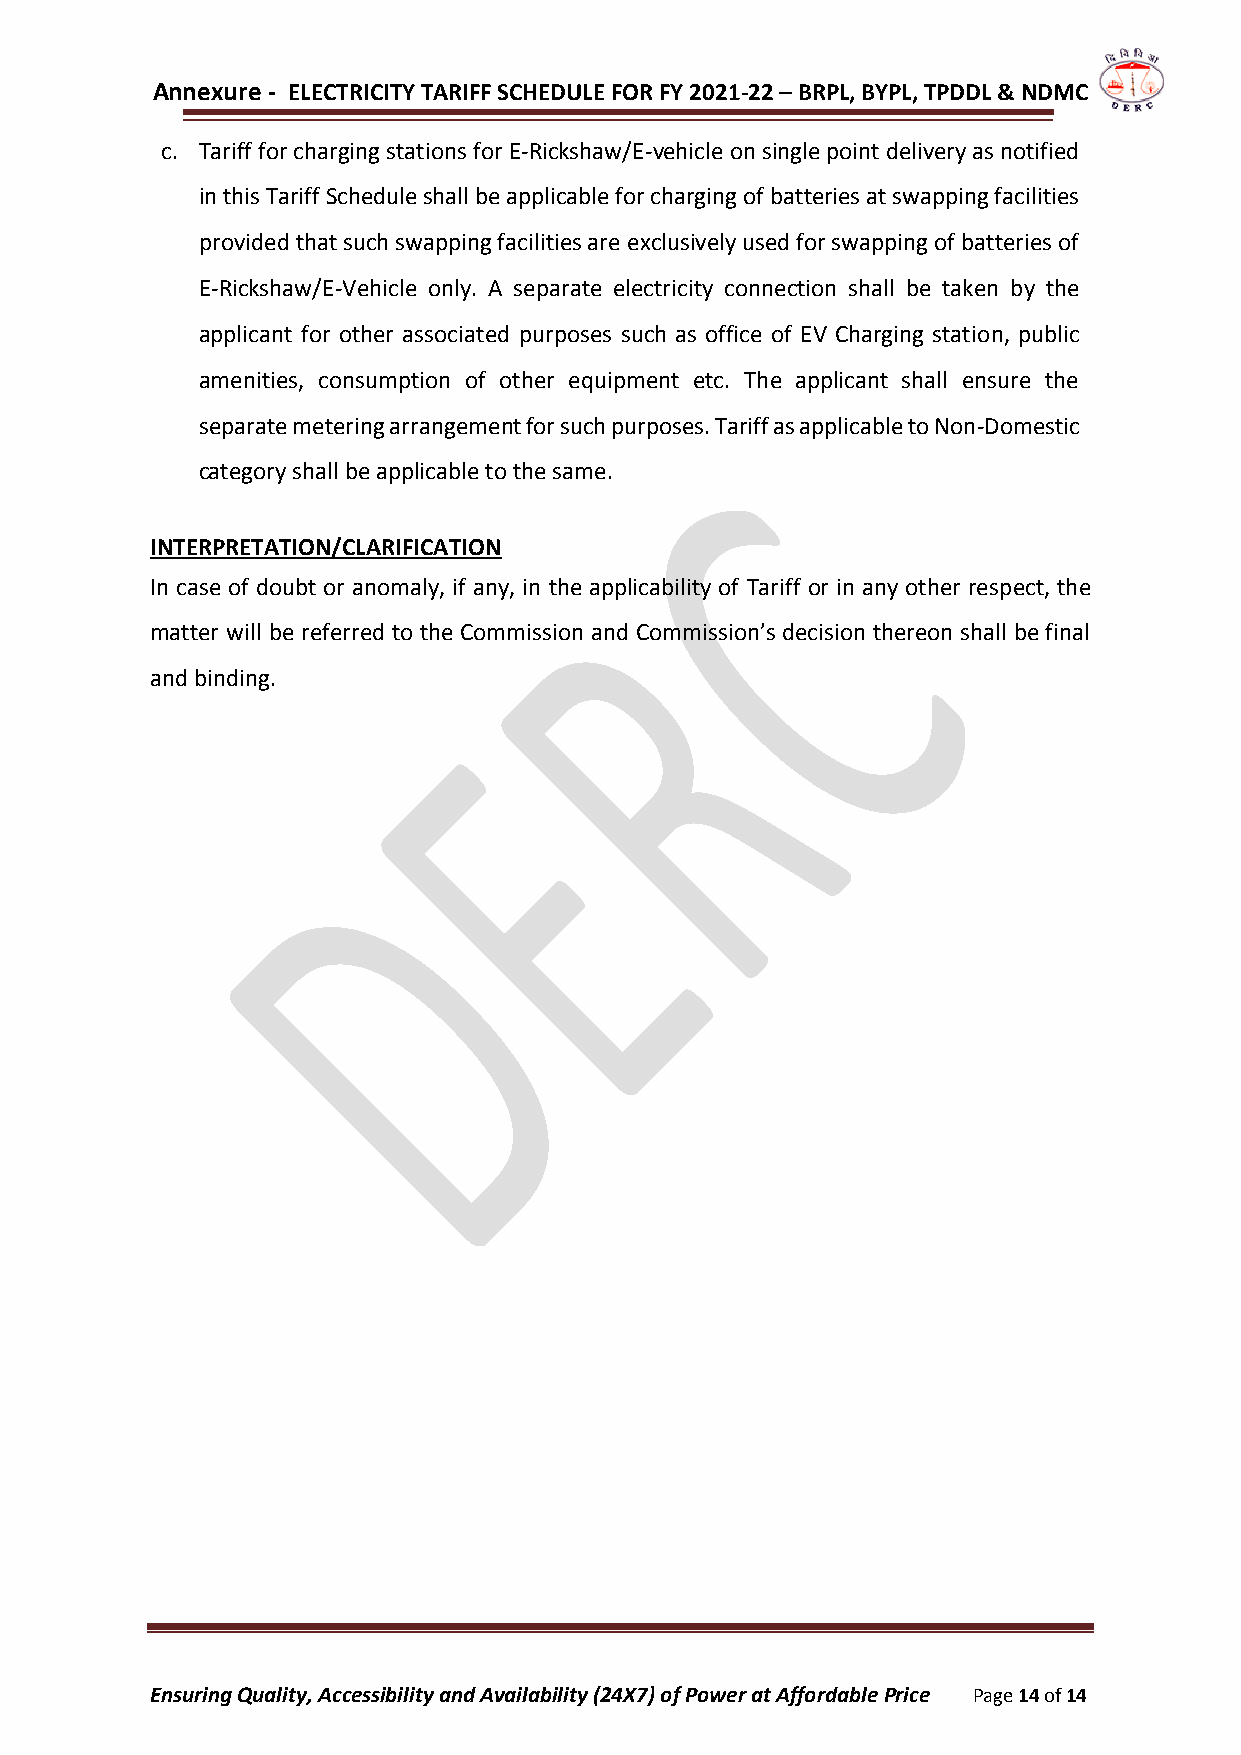
Annexure - ELECTRICITY TARIFF SCHEDULE FOR FY 2021-22 – BRPL, BYPL, TPDDL & NDMC
 c. Tariff for charging stations for E-Rickshaw/E-vehicle on single point delivery as notified
 in this Tariff Schedule shall be applicable for charging of batteries at swapping facilities
 provided that such swapping facilities are exclusively used for swapping of batteries of
 E-Rickshaw/E-Vehicle only. A separate electricity connection shall be taken by the
 applicant for other associated purposes such as office of EV Charging station, public
 amenities, consumption of other equipment etc. The applicant shall ensure the
 separate metering arrangement for such purposes. Tariff as applicable to Non-Domestic
 category shall be applicable to the same.
 INTERPRETATION/CLARIFICATION
 In case of doubt or anomaly, if any, in the applicability of Tariff or in any other respect, the
 matter will be referred to the Commission and Commission’s decision thereon shall be final
 and binding.
 Ensuring Quality, Accessibility and Availability (24X7) of Power at Affordable Price Page 14 of 14